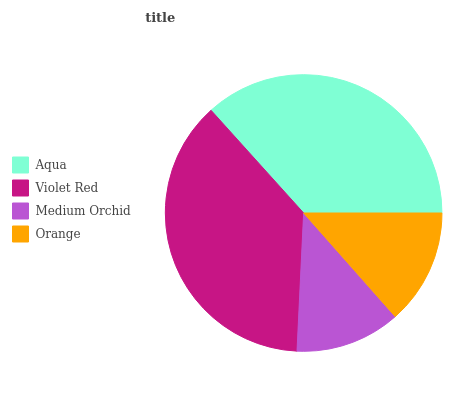
| Aqua | Violet Red | Medium Orchid | Orange |
 | --- | --- | --- | --- |
 | 36.6% | 37.6% | 12.3% | 13.5% |